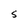
Character: S